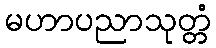
မဟာပညာသုတ္တံ